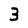
Character: 3